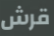
قرش